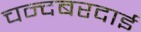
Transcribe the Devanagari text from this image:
चन्दबरदाई